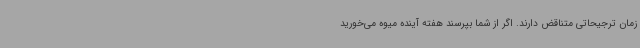
زمان ترجیحاتی متناقض دارند. اگر از شما بپرسند هفته آینده میوه می‌خورید